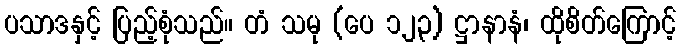
ပသာဒနှင့် ပြည့်စုံသည်။ တံ သမု (ပေ ၁၂၃) ဋ္ဌာနာနံ၊ ထိုစိတ်ကြောင့်